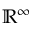
\mathbb { R } ^ { \infty }